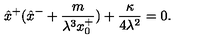
\hat { x } ^ { + } ( \hat { x } ^ { - } + \frac { m } { \lambda ^ { 3 } x _ { 0 } ^ { + } } ) + \frac { \kappa } { 4 \lambda ^ { 2 } } = 0 .